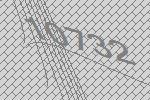
10732